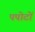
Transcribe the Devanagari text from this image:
पपोटों